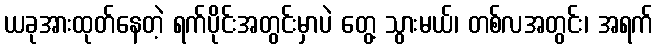
ယခုအားထုတ်နေတဲ့ ရက်ပိုင်းအတွင်းမှာပဲ တွေ့ သွားမယ်၊ တစ်လအတွင်း၊ အရက်